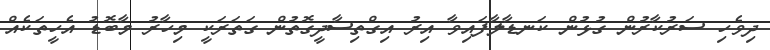
ދިވެހި ސަރުކާރުން ގުޅުން ކަނޑާލާފައިވާ އިރު އިގްތިސާދީގޮތުން ގަތަރަކީ މިހާރު މާބޮޑު އެހީތަކެއް